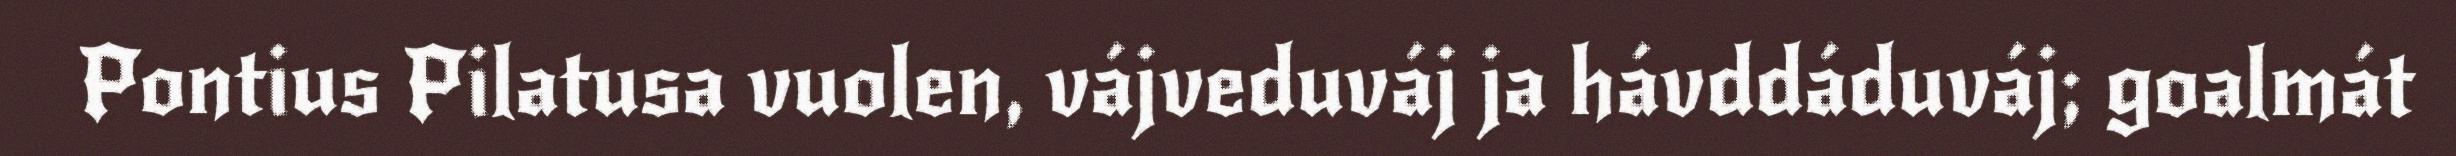
Pontius Pilatusa vuolen, vájveduváj ja hávddáduváj; goalmát